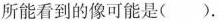
所能看到的像可能是( ).